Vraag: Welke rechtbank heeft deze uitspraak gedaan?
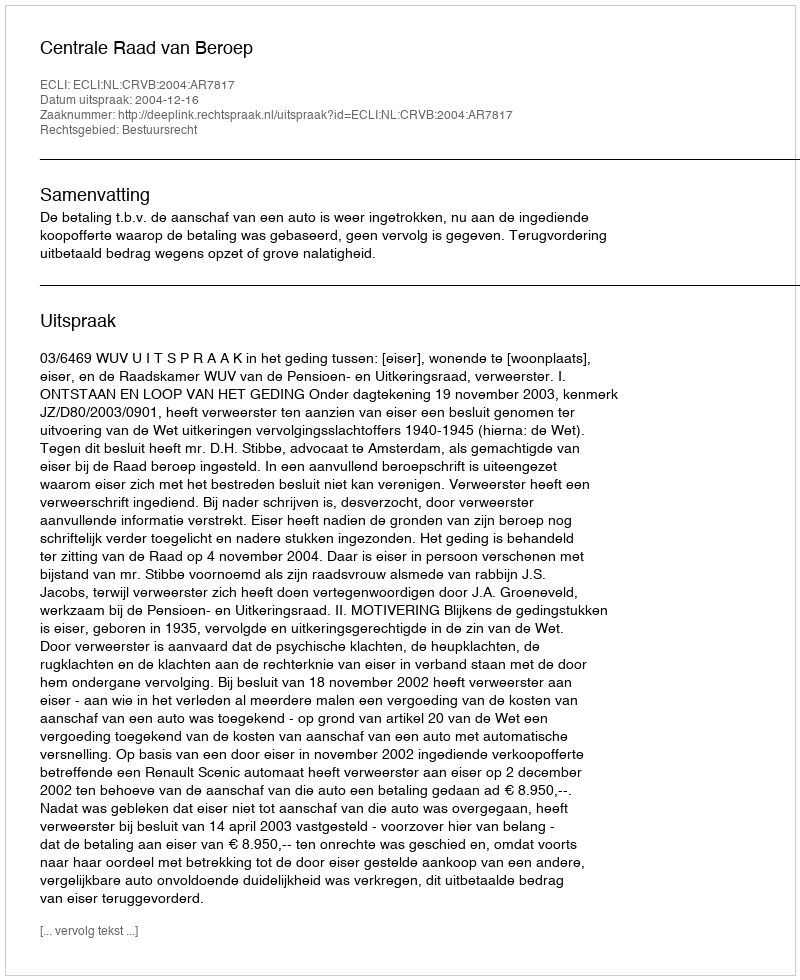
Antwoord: Centrale Raad van Beroep